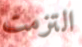
التزمت